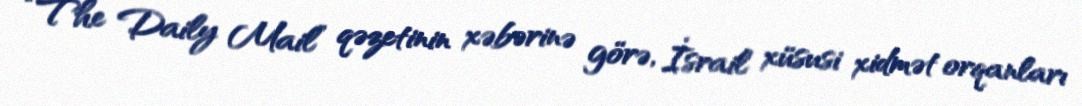
“The Daily Mail” qəzetinin xəbərinə görə, İsrail xüsusi xidmət orqanları